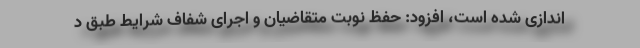
اندازی شده است، افزود: حفظ نوبت متقاضیان و اجرای شفاف شرایط طبق د